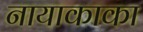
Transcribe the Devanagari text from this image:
नायाकाका